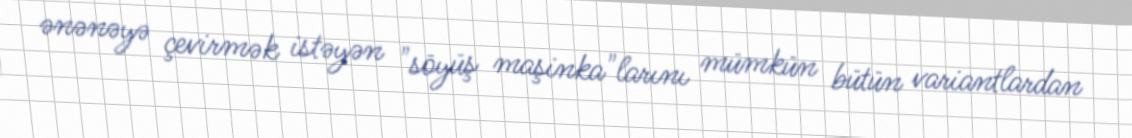
ənənəyə çevirmək istəyən "söyüş maşinka"larını mümkün bütün variantlardan